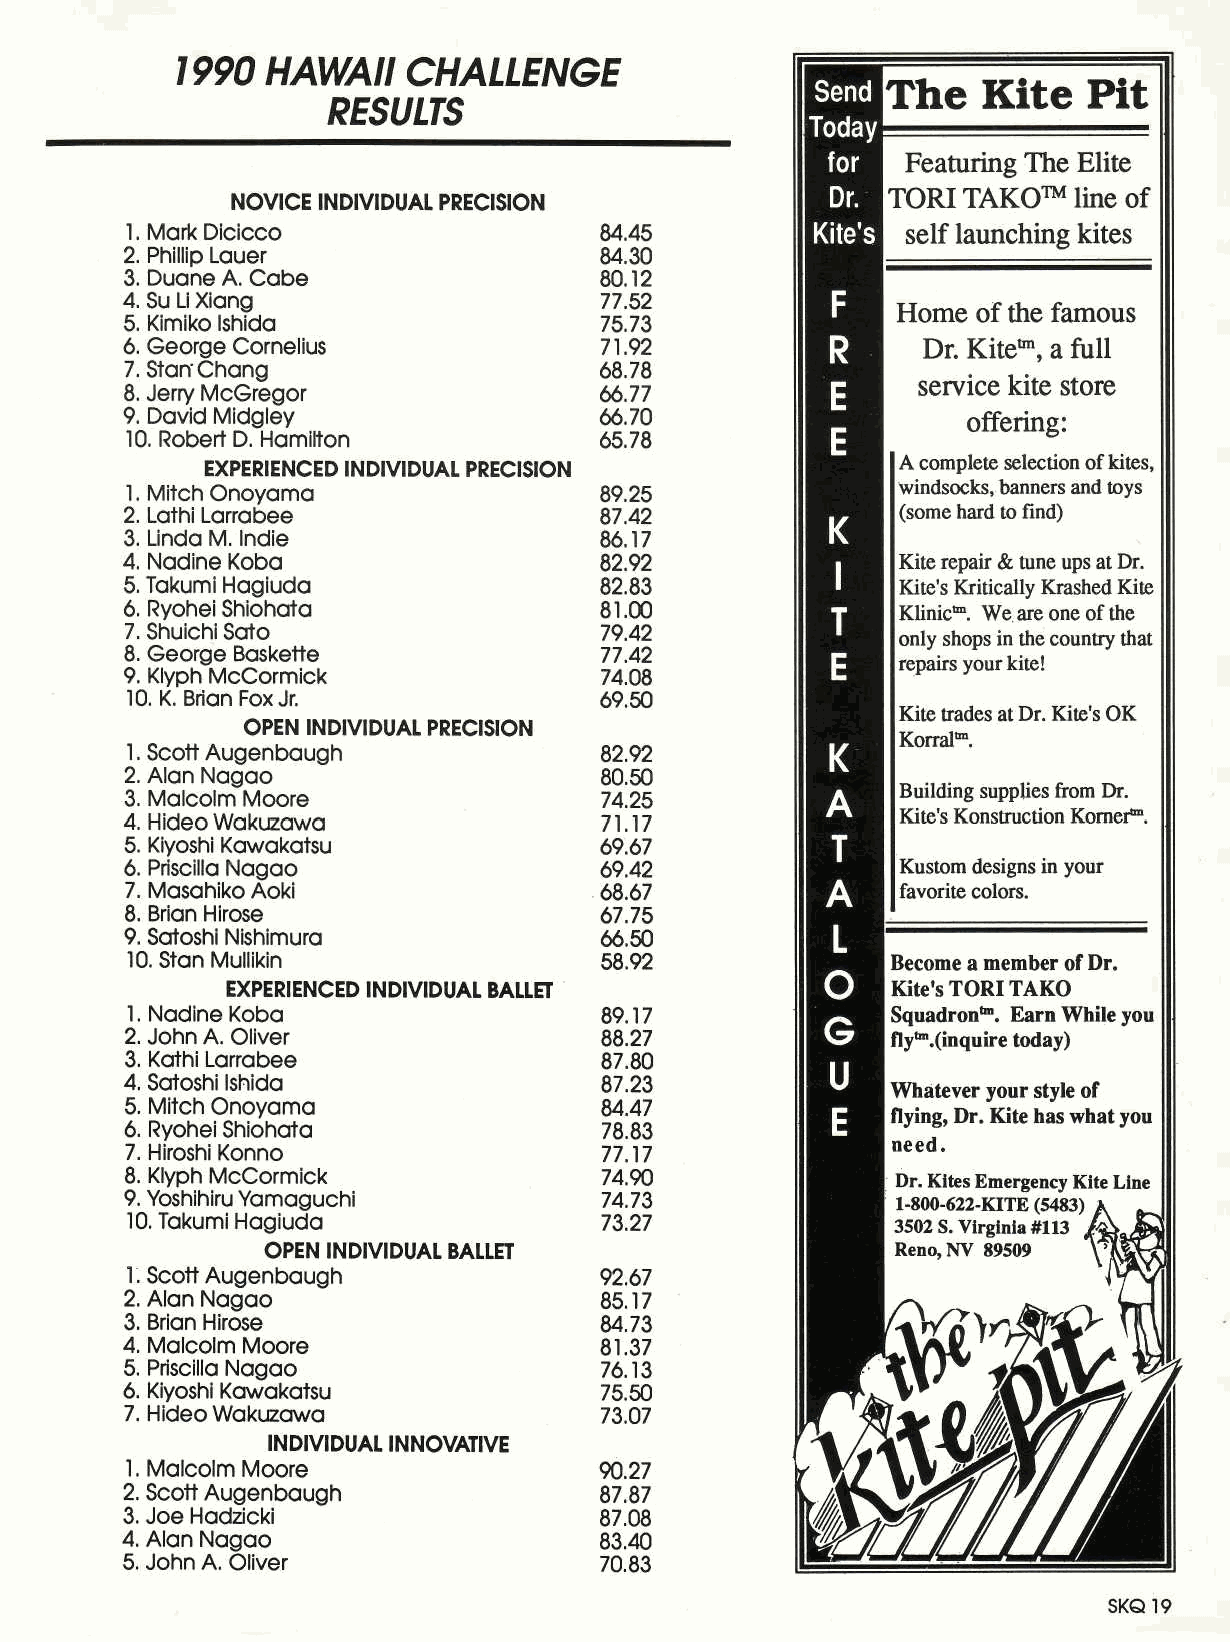
1990   HAWAII   CHALLENGE
 RESULTS
 NOVICE INDIVIDUAL PRECISION
 1. Mark Dicicco                 84.45
 2. Phillip Lauer                84.30
 3. Duane A. Cabe                80.12
 4.   Su    Li    Xiang       77.52
 5. Kimiko Ishida                75.73
 6. George Cornelius             71.92
 7. Stan-Chang                   68.78
 8. Jerry McGregor               66.77
 9. David Midgley                66.70
 10. Robert D. Hamilton          65.78
 EXPERIENCED INDIVIDUAL PRECISION
 1. Mitch Onoyama                89.25
 2. Kathi Larrabee               87.42
 3. Linda M. Indie               86.17
 4. Nadine Koba                  82.92
 5. Takumi Hagiuda               82.83
 6. Ryohei Shiohata              81.00
 7. Shuichi Sato                 79.42
 8. George Baskette              77.42
 9. Klyph McCormick              74.08
 10. K. Brian Fox Jr.            69.50
 OPEN INDIVIDUAL PRECISION
 1. Scott Augenbaugh             82.92
 2. Alan Nagao                   80.50
 3. Malcolm Moore                74.25
 4. Hideo Wakuzawa               71 .17
 5. Kiyoshi Kawakatsu            69.67
 6. Priscilla Nagao              69.42
 7. Masahiko Aoki                68.67
 8. Brian Hirose                 67.75
 9. Satoshi Nishimura            66.50
 10. Stan Mullikin               58.92
 EXPERIENCED INDIVIDUAL BALLET
 1 . Nadine Koba                 89.17
 2. John A. Oliver               88.27
 3. Kathi Larrabee               87.80
 4. Satoshi Ishida               87.23
 5. Mitch Onoyama                84.47
 6. Ryohei Shiohata              78.83
 7. Hiroshi Konno                77.17
 8. Klyph McCormick              74.90
 9. Yoshihiru Yamaguchi          74.73
 10. Takumi Hagiuda              73.27
 OPEN INDIVIDUAL BALLET
 1 Scott Augenbaugh              92.67
 2. Alan Nagao                   85.17
 3. Brian Hirose                 84.73
 4. Malcolm Moore                81.37
 5. Priscilla Nagao              76.13
 6. Kiyoshi Kawakatsu            75.50
 7. Hideo Wakuzawa               73.07
 INDIVIDUAL INNOVATIVE
 1 . Malcolm Moore               90.27
 2. Scott Augenbaugh             87.87
 3. Joe Hadzicki                 87.08
 4. Alan Nagao                   83.40
 5. John A. Oliver               70.83